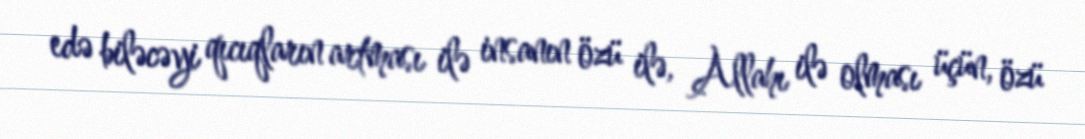
edə biləcəyi qıcıqların artması ilə insanın özü ilə, Allahı ilə olması üçün, özü